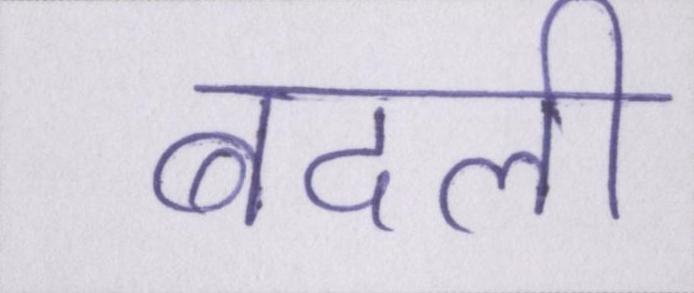
बदली